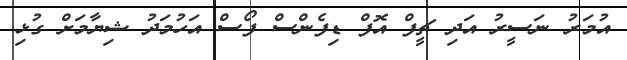
އުމަރު ނަސީރު އަދި ޗީފް އޮފް ޑިފެންސް ފޯސް އަހުމަދު ޝިޔާމަށް ގުޅި